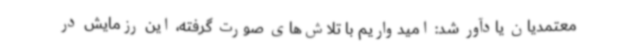
معتمدیان یادآور شد: امیدواریم با تلاش‌های صورت گرفته، این رزمایش در